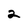
Character: 2